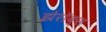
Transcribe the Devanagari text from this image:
झेरॉक्‍स